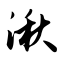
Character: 湫